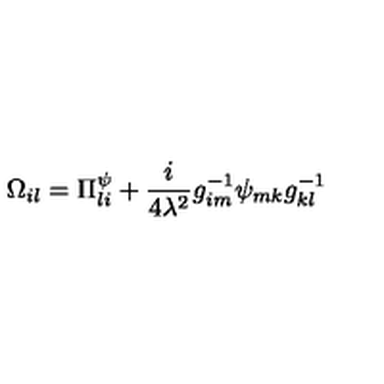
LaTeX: \Omega _ { i l } = \Pi _ { l i } ^ { \psi } + \frac { i } { 4 \lambda ^ { 2 } } g _ { i m } ^ { - 1 } \psi _ { m k } g _ { k l } ^ { - 1 }